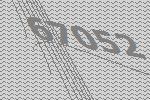
67052